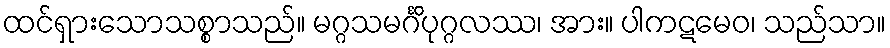
ထင်ရှားသောသစ္စာသည်။ မဂ္ဂသမင်္ဂိပုဂ္ဂလဿ၊ အား။ ပါကဋမေဝ၊ သည်သာ။